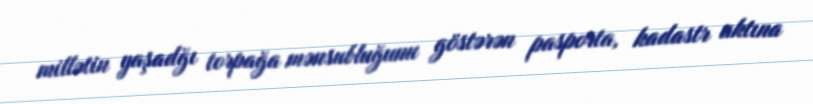
millətin yaşadğı torpağa mənsubluğunu göstərən pasporta, kadastr aktına